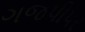
ગજપીપર